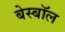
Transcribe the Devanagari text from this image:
बेस्बॉल